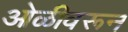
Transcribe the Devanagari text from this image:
ओळीवरून